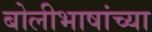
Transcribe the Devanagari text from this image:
बोलीभाषांच्या